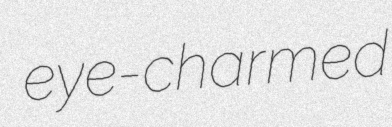
eye-charmed